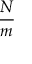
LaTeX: \frac { N } { m }